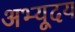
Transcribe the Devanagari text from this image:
अभ्यूदय